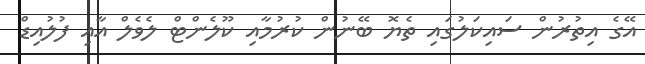
އޭގެ އިތުރުން ސައިކަލުގައި ތެޔޮ ބޭނުން ކުރުމާއި ކޫލެންޓް ލެވެލް އާއި ފުލުއިޑް